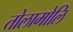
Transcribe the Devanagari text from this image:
तोलामोलि